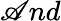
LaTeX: \mathscr{A}nd